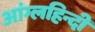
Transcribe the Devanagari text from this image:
आंग्लहिन्दी